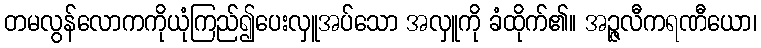
တမလွန်လောကကိုယုံကြည်၍ပေးလှူအပ်သော အလှူကို ခံထိုက်၏။ အဉ္ဇလီကရဏီယော၊